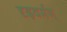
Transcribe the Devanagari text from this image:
दृढ़वर्मन्